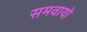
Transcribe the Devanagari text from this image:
समवायो